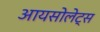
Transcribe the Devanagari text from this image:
आयसोलेट्स